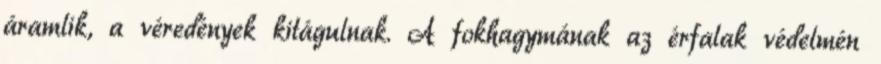
áramlik, a véredények kitágulnak. A fokhagymának az érfalak védelmén